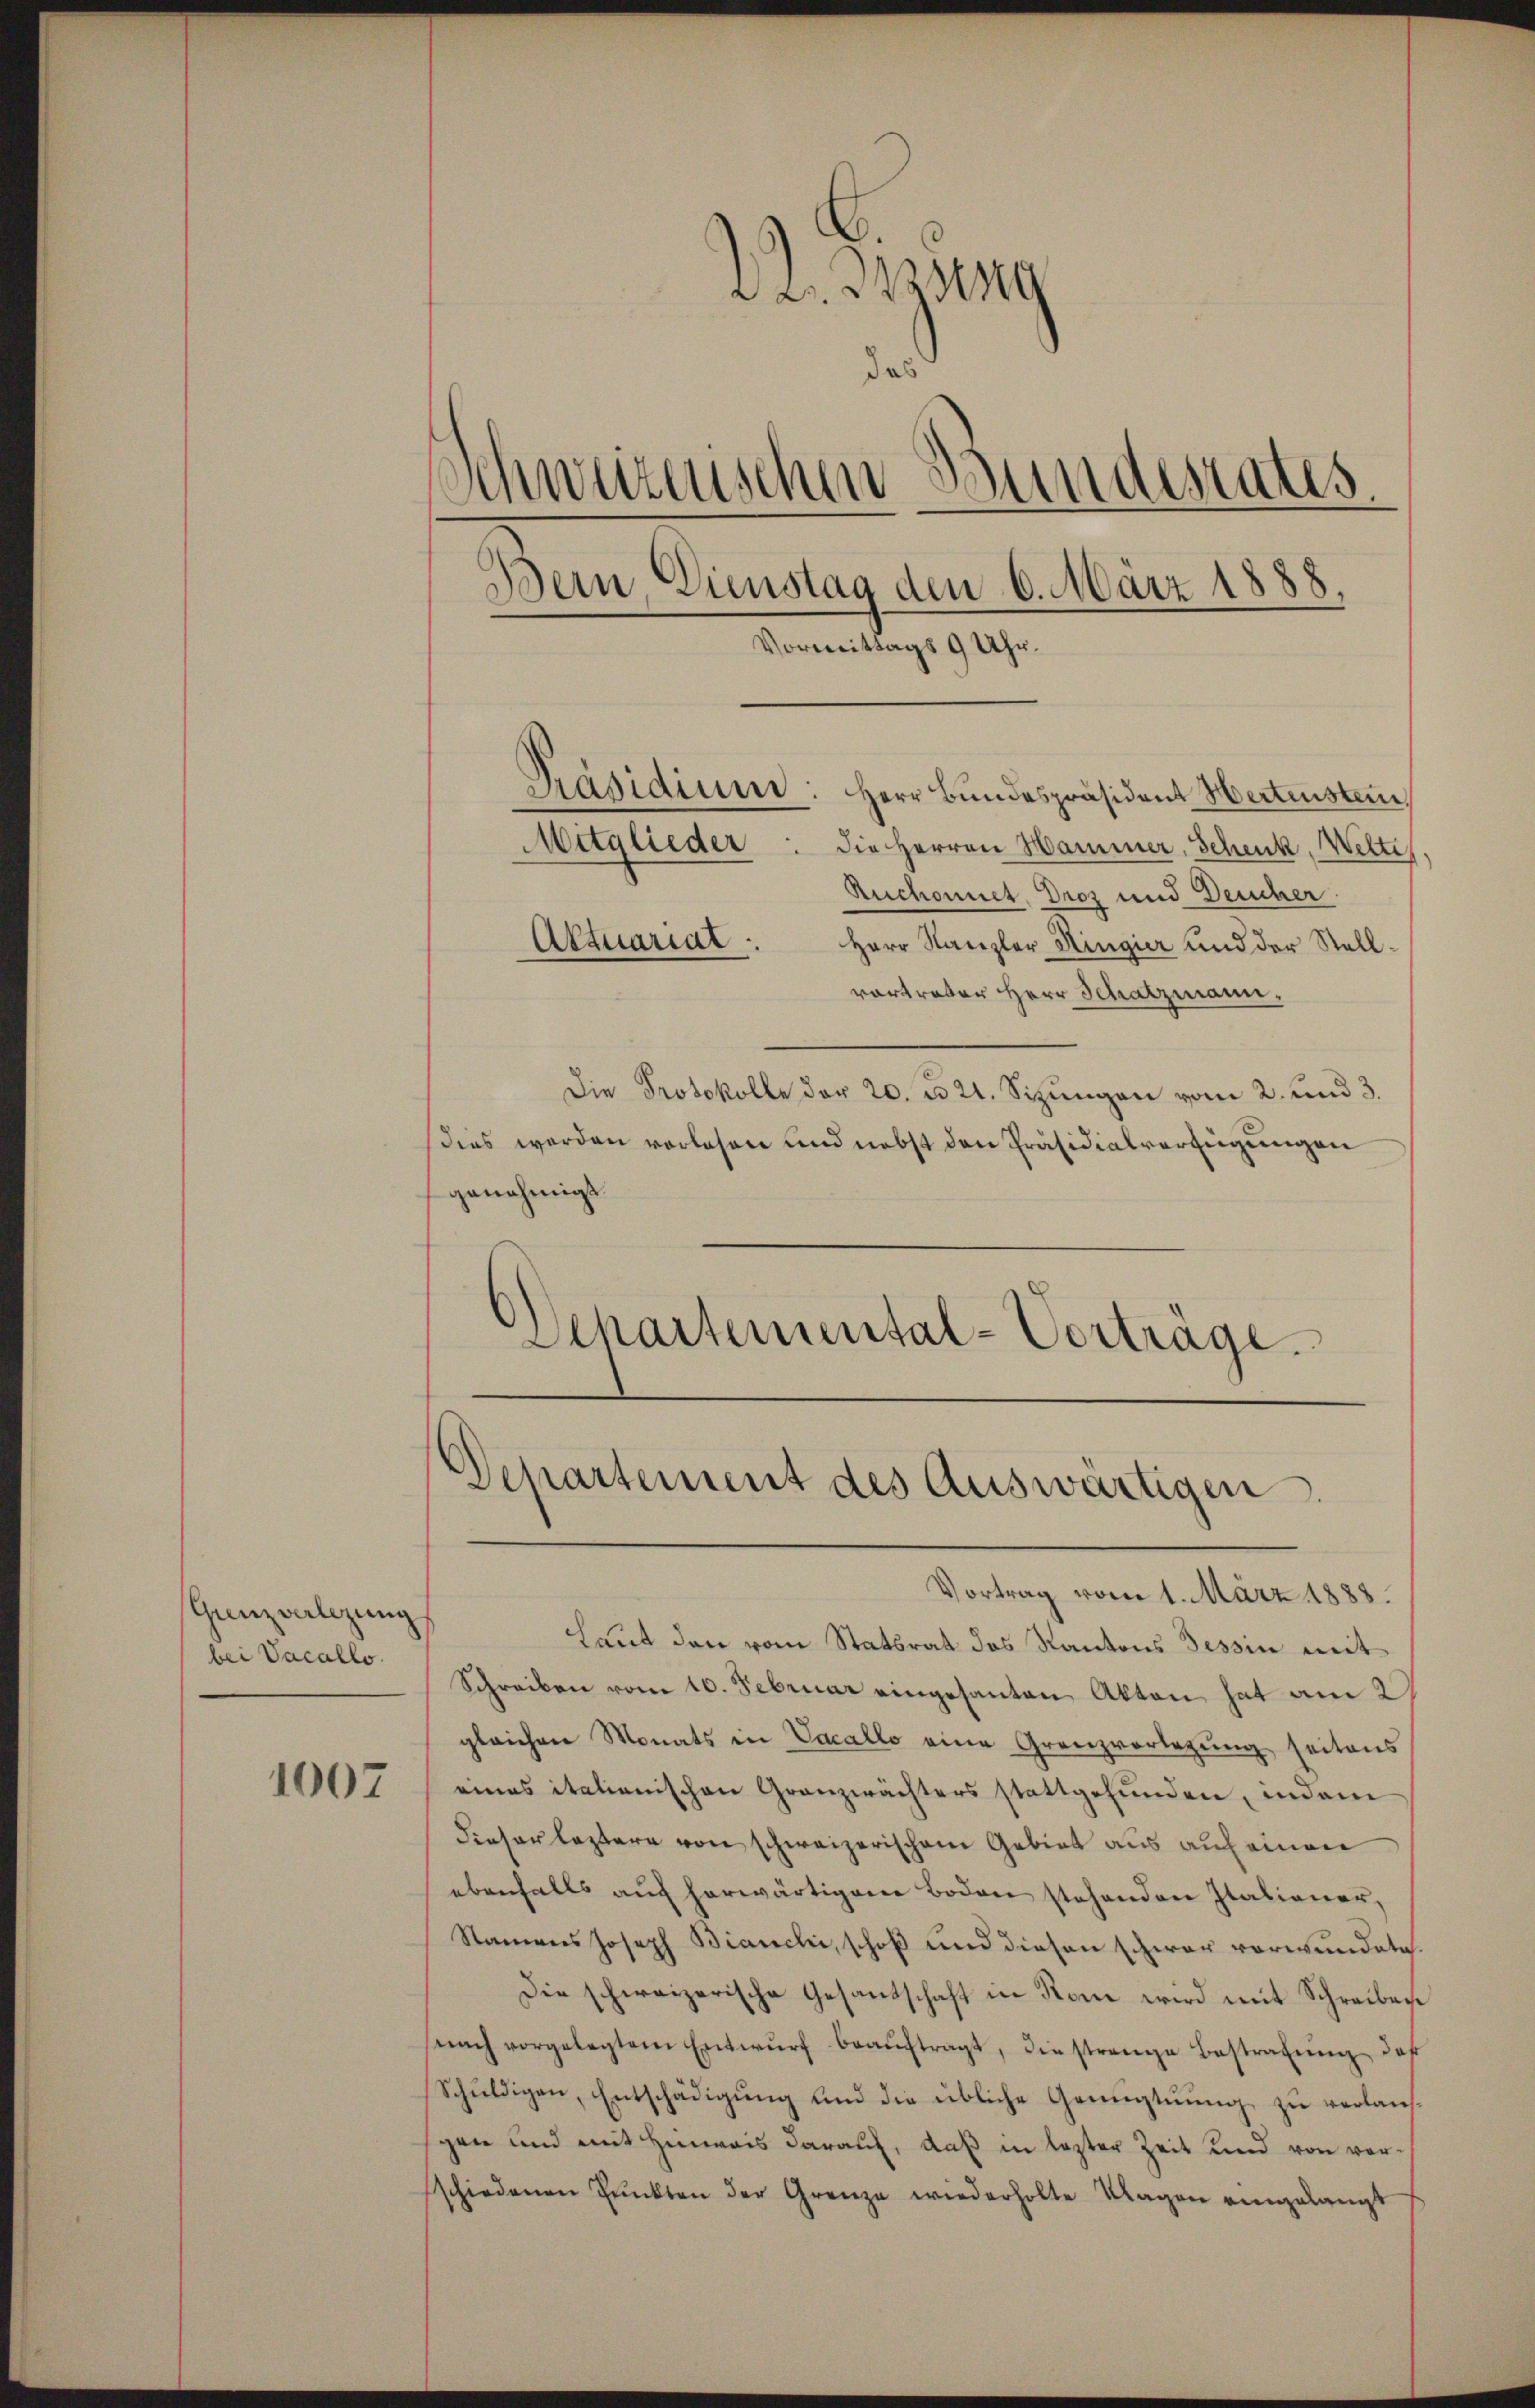
Gunz verlegung
bei Vacallo

1007

da. Ist
das
1
.
mweizenschen Bundesrates
e
Bern, Dienstag den 6. März 1888.
Vormittags 9 Uhr.
Präsidium: Herr Bŭndespräsident Hertenstein
Mitglieder: die Herren Hammer, Schenk, Welte.
Ruchonnet, Droz und Deucher
Aktuariat.
Herr Kanzler Ringier und der Stell¬

vortrator Herr Schatzmann,
Die Protokolle der 20. d. 21. Sizungen vom 2. und 3.
Dies werden vorlesen und nebst den Präsidialverfügungen
genehmigt.
Schartemental-Vorträge.

Departement des Auswärtigen.

Vortrag vom 1. März 1888.
Laut den vom Statsrat des Kantons Tessin mit
Schreiben vom 10. Februar eingesanten Akten hat am 2
gleichen Monats in Vacallo eine Grenzvorlegung seitens
eines italienischen Granzwächters stattgefunden, indem
Fieser leztere von schweizerischem Gebiet aus auf einer
ebenfalls auf herwärtigene Boden stehenden Italiener,
Namens Joseph Bianchi, schoß und diesen schwer verwundete.
Die schweizerische Gesandschaft in Rom wird mit Schreibese
nach vorgelegtem Entwŭrf beaŭftragt, die strenge Bestrafŭng daß
Schuldigen, Entschädigung und die übliche Genugtuung zu verlanggen und mit Hinweis darauf, daß in lezter Zeit und von vorsschiedenen Pŭnkten der Grenze wiederholte Klagen eingelangt